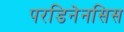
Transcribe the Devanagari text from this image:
परडिनेनसिस